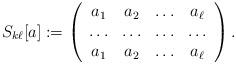
LaTeX: \begin{align*}S_{k\ell}[a]:=\left(\begin{array}{cccc}a_1 & a_2 & \ldots & a_{\ell} \\\ldots & \ldots & \ldots & \ldots \\a_1 & a_2 & \ldots & a_{\ell} \\\end{array}\right).\end{align*}